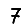
Digit: 7